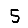
Digit: 5